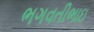
ભગવતીભાઇ